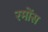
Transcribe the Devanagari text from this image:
रमोंस